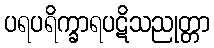
ပရပရိက္ခာရပဋိသညုတ္တာ